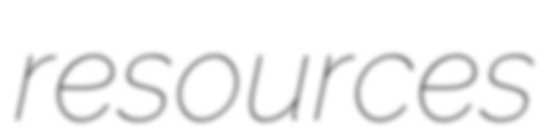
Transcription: resources